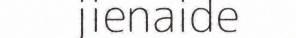
jienaide